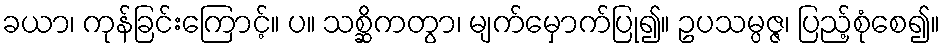
ခယာ၊ ကုန်ခြင်းကြောင့်။ ပ။ သစ္ဆိကတွာ၊ မျက်မှောက်ပြု၍။ ဥပသမ္ပဇ္ဇ၊ ပြည့်စုံစေ၍။